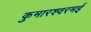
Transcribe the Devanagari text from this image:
कुमारश्‍वरमई